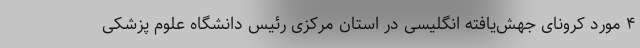
۴ مورد کرونای جهش‌یافته انگلیسی در استان مرکزی رئیس دانشگاه علوم پزشکی